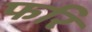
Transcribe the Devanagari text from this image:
फरि